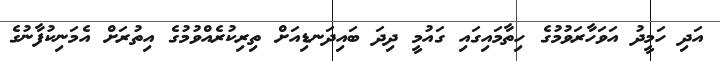
އަދި ހަމީދު އަވަހާރަވުމުގެ ހިތާމައިގައި ގައުމީ ދިދަ ބައިދަނޑިއަށް ތިރިކުރެއްވުމުގެ އިތުރަށް އެމަނިކުފާނުގެ